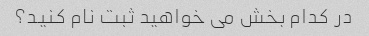
در کدام بخش می خواهید ثبت نام کنید؟